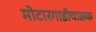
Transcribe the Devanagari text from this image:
मोटारगाडीचालक